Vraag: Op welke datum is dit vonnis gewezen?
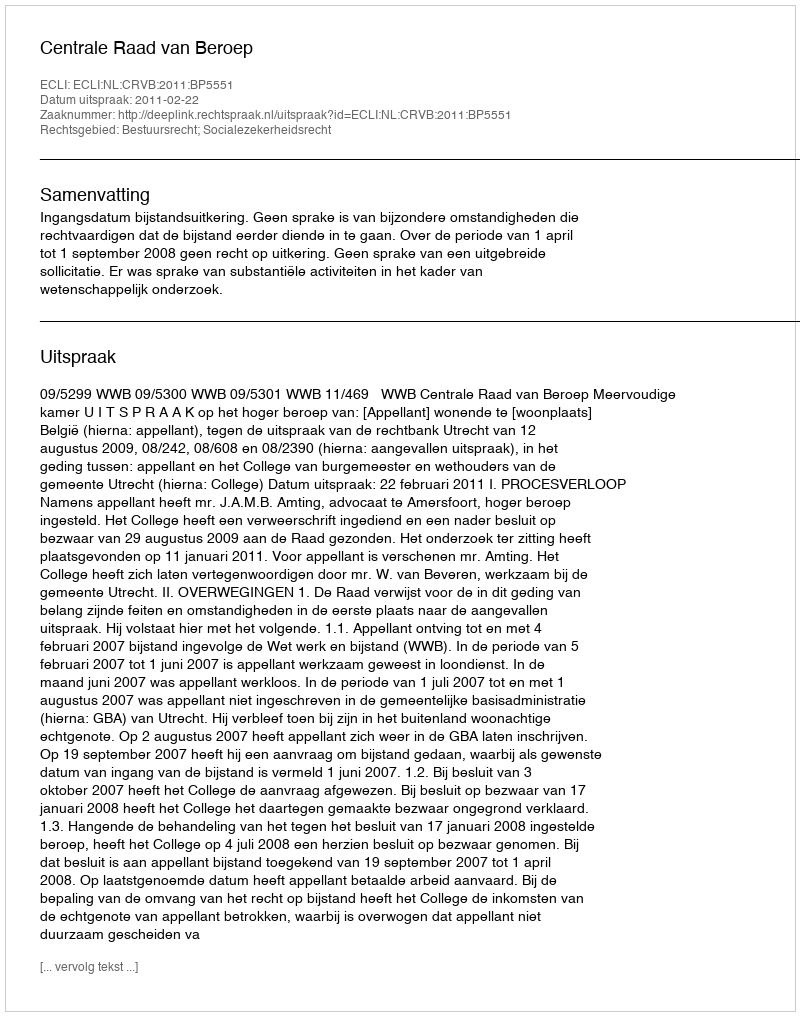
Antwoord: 2011-02-22